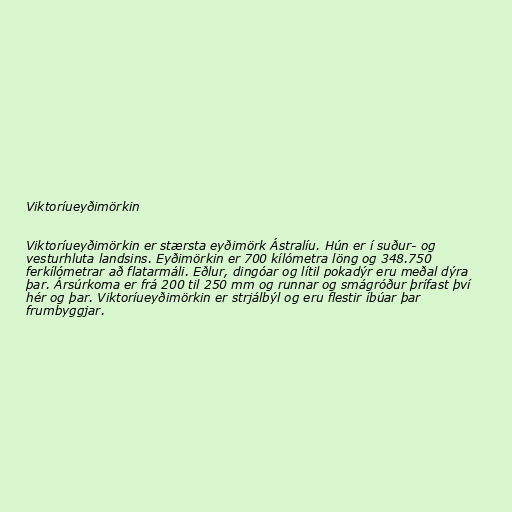
Viktoríueyðimörkin

Viktoríueyðimörkin er stærsta eyðimörk Ástralíu. Hún er í suður- og
vesturhluta landsins. Eyðimörkin er 700 kílómetra löng og 348.750
ferkílómetrar að flatarmáli. Eðlur, dingóar og lítil pokadýr eru meðal dýra
þar. Ársúrkoma er frá 200 til 250 mm og runnar og smágróður þrífast því
hér og þar. Viktoríueyðimörkin er strjálbýl og eru flestir íbúar þar
frumbyggjar.